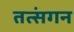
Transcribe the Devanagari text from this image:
तत्संगन